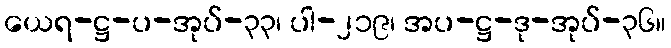
ယေရ-ဋ္ဌ-ပ-အုပ်-၃၃၊ ပါ-၂၁၉၊ အပ-ဋ္ဌ-ဒု-အုပ်-၃၆။